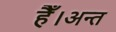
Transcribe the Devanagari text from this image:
हैँ।अन्त